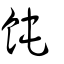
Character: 飩